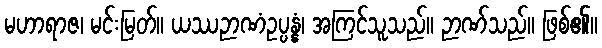
မဟာရာဇ၊ မင်းမြတ်။ ယဿဉာဏံဥပ္ပန္နံ၊ အကြင်သူသည်။ ဉာဏ်သည်။ ဖြစ်၏။